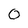
Character: 0